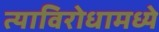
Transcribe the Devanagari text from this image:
त्याविरोधामध्ये